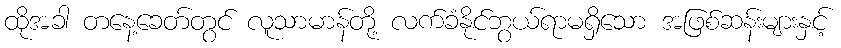
ထိုအခါ တနေ့ခေတ်တွင် လူသာမာန်တို့ လက်ခံနိုင်ဘွယ်ရာမရှိသော အဖြစ်ဆန်းများနှင့်